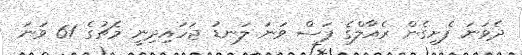
ދެވަނަ ފެށިގެން ރެއާލްގެ ފަސް ވަނަ ލަނޑު ޖަހައިދިނީ މެޗުގެ 61 ވަނަ